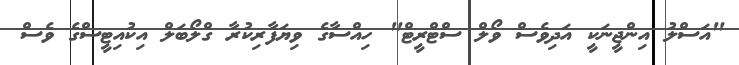
"އަސްލު އިންޖީނަކީ އަދިވެސް ވޯލް ސްޓްރީޓް" ހިއްސާގެ ވިޔަފާރިކުރާ ގްލޯބަލް އިކުއިޓީސްގެ ވެސް